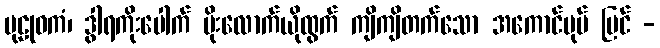
ပုဠုဝကံ၊ ဒွါရကိုးပေါက် ပိုးလောက်ယိုထွက် ကျိကျိတက်သော အကောင်ပုပ် မြင် -